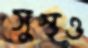
সুস্থও